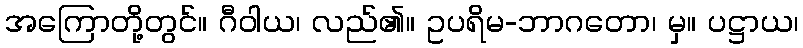
အကြောတို့တွင်။ ဂီဝါယ၊ လည်၏။ ဥပရိမ-ဘာဂတော၊ မှ။ ပဋ္ဌာယ၊